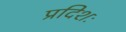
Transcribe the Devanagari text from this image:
प्रदिशः